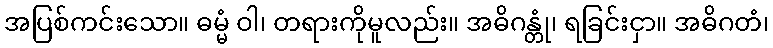
အပြစ်ကင်းသော။ ဓမ္မံ ဝါ၊ တရားကိုမူလည်း။ အဓိဂန္တုံ၊ ရခြင်းငှာ။ အဓိဂတံ၊